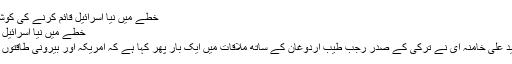
خطے میں نیا اسرائیل قائم کرنے کی کوشش کی جا رہی ہے - Sahar Urdu
خطے میں نیا اسرائیل قائم کرنے کی کوشش کی جا رہی ہے
رہبر انقلاب اسلامی آیت اللہ العظمی سید علی خامنہ ای نے ترکی کے صدر رجب طیب اردوغان کے ساتھ ملاقات میں ایک بار پھر کہا ہے کہ امریکہ اور بیرونی طاقتوں پر ہرگز کوئی اعتماد نہیں کیا جاسکتا۔